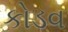
કોડવ